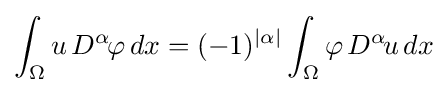
\int _{\Omega }u\,D^{\alpha \!}\varphi \,dx=(-1)^{|\alpha |}\int _{\Omega }\varphi \,D^{\alpha \!}u\,dx